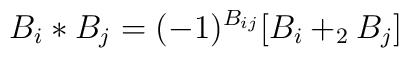
B_{i}*B_{j} = (-1)^{B_{ij}}[B_{i} +_{2} B_{j}]